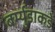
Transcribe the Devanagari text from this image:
बर्म्युडाकडे